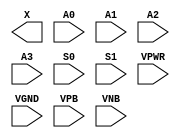
module sky130_fd_sc_lp__mux4 (
    X   ,
    A0  ,
    A1  ,
    A2  ,
    A3  ,
    S0  ,
    S1  ,
    VPWR,
    VGND,
    VPB ,
    VNB
);

    output X   ;
    input  A0  ;
    input  A1  ;
    input  A2  ;
    input  A3  ;
    input  S0  ;
    input  S1  ;
    input  VPWR;
    input  VGND;
    input  VPB ;
    input  VNB ;
endmodule